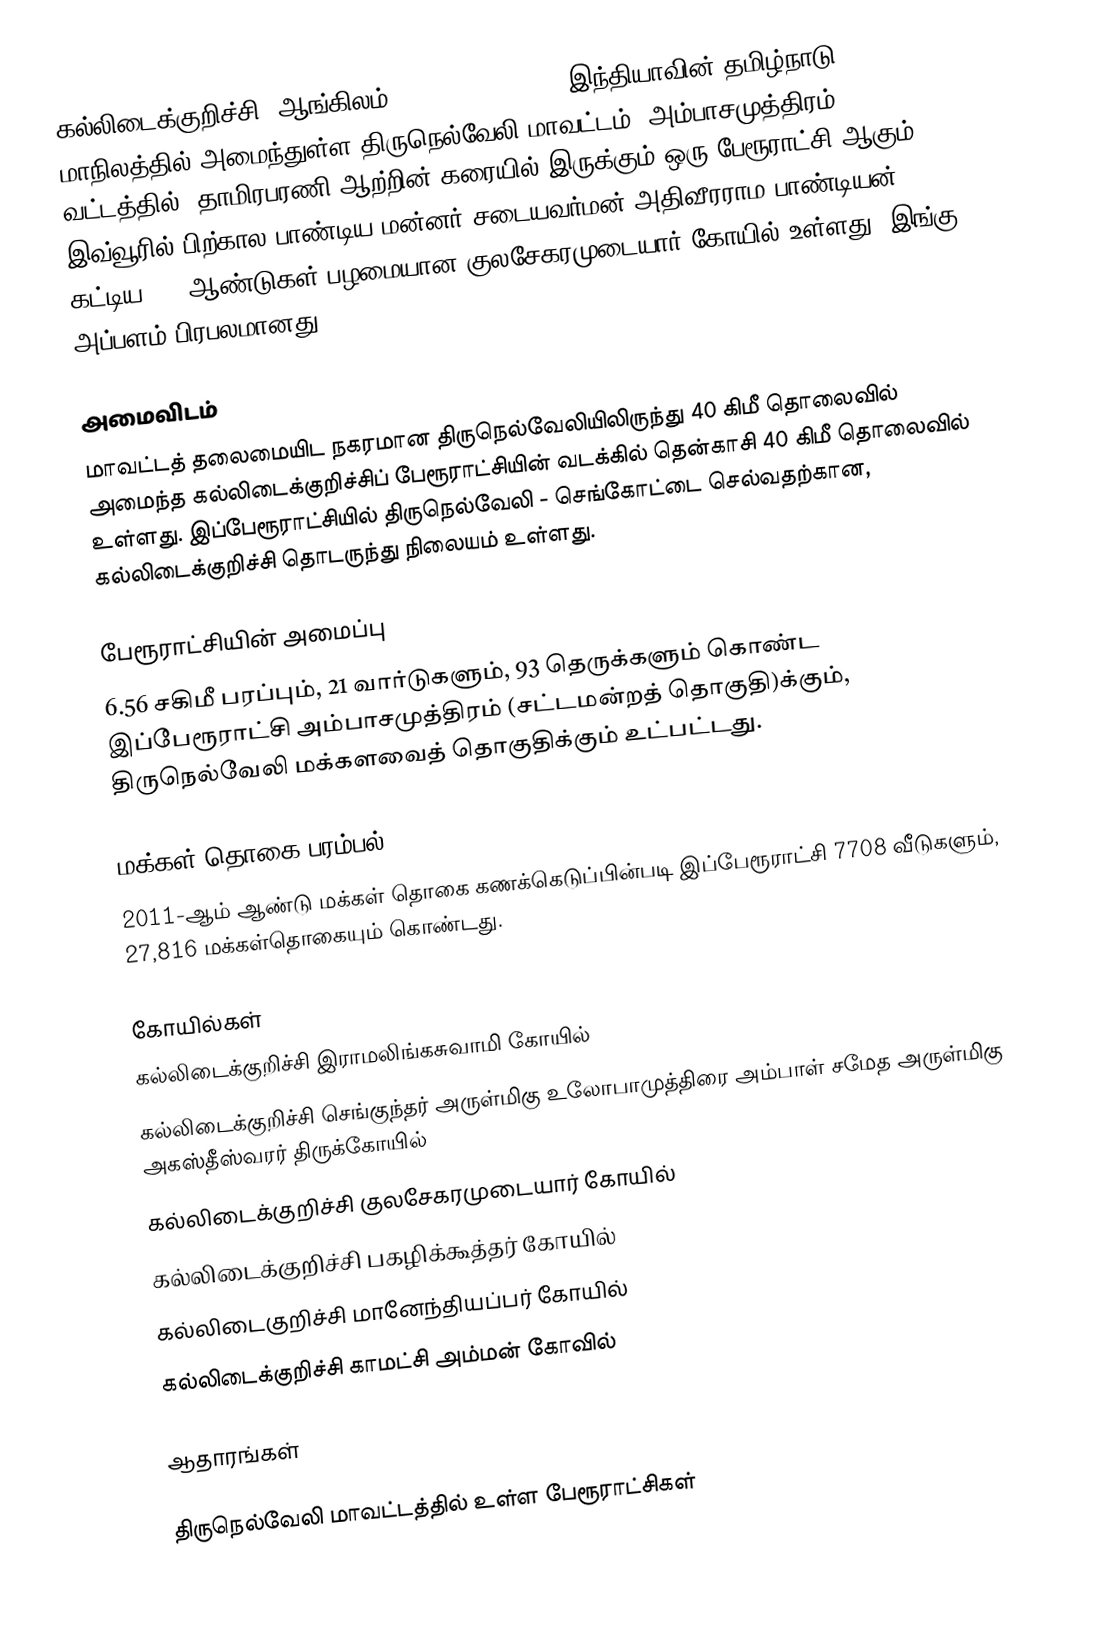
கல்லிடைக்குறிச்சி (ஆங்கிலம்:Kalladaikurichi), இந்தியாவின் தமிழ்நாடு மாநிலத்தில் அமைந்துள்ள திருநெல்வேலி மாவட்டம், அம்பாசமுத்திரம் வட்டத்தில், தாமிரபரணி ஆற்றின் கரையில் இருக்கும் ஒரு பேரூராட்சி ஆகும். இவ்வூரில் பிற்கால பாண்டிய மன்னர் சடையவர்மன் அதிவீரராம பாண்டியன்  கட்டிய 500 ஆண்டுகள் பழமையான குலசேகரமுடையார் கோயில் உள்ளது. இங்கு அப்பளம் பிரபலமானது.

அமைவிடம்
மாவட்டத் தலைமையிட நகரமான திருநெல்வேலியிலிருந்து 40 கிமீ தொலைவில் அமைந்த கல்லிடைக்குறிச்சிப்  பேரூராட்சியின் வடக்கில் தென்காசி 40 கிமீ தொலைவில் உள்ளது. இப்பேரூராட்சியில் திருநெல்வேலி - செங்கோட்டை செல்வதற்கான, கல்லிடைக்குறிச்சி தொடருந்து நிலையம் உள்ளது.

பேரூராட்சியின் அமைப்பு
6.56 சகிமீ பரப்பும், 21 வார்டுகளும்,  93 தெருக்களும் கொண்ட இப்பேரூராட்சி  அம்பாசமுத்திரம் (சட்டமன்றத் தொகுதி)க்கும், திருநெல்வேலி மக்களவைத் தொகுதிக்கும் உட்பட்டது.

மக்கள் தொகை பரம்பல்
2011-ஆம் ஆண்டு மக்கள் தொகை கணக்கெடுப்பின்படி  இப்பேரூராட்சி          7708 வீடுகளும், 27,816 மக்கள்தொகையும் கொண்டது.

கோயில்கள்
 கல்லிடைக்குறிச்சி இராமலிங்கசுவாமி கோயில்
 கல்லிடைக்குறிச்சி செங்குந்தர் அருள்மிகு உலோபாமுத்திரை அம்பாள் சமேத அருள்மிகு அகஸ்தீஸ்வரர் திருக்கோயில்
 கல்லிடைக்குறிச்சி குலசேகரமுடையார் கோயில்
 கல்லிடைக்குறிச்சி பகழிக்கூத்தர் கோயில்
 கல்லிடைகுறிச்சி மானேந்தியப்பர் கோயில்
 கல்லிடைக்குறிச்சி காமட்சி அம்மன் கோவில்

ஆதாரங்கள்

திருநெல்வேலி மாவட்டத்தில் உள்ள பேரூராட்சிகள்